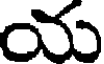
య